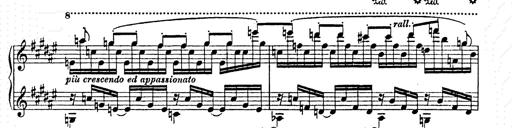
Title: AnnÃ©es de pÃ¨lerinage II
Composer: Franz Liszt